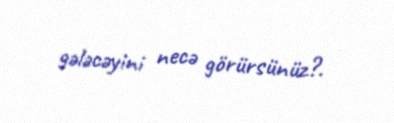
gələcəyini necə görürsünüz?.